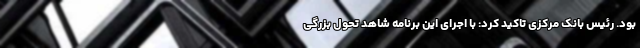
بود. رئیس بانک مرکزی تاکید کرد: با اجرای این برنامه شاهد تحول بزرگی